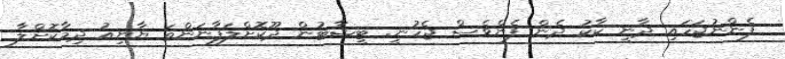
ފެންނުޖަހައި ދާނީ ކާކު ދެން ފެންވެސް ޖެހުނީ. ޓީޝާޓުން ދޫކޮށްލަފާނަންތަ ޔާނިއު ދިމާކޮށްލާ